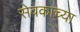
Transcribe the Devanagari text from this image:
सेवकाच्या